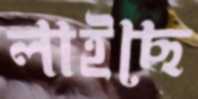
লাইছে